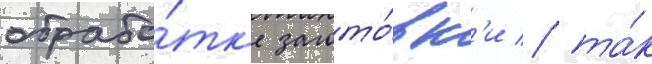
обрабо́тк'е загото́вк'и / та́к